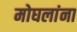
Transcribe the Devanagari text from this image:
मोघलांना